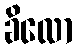
ခိလော